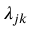
\lambda _ { j k }